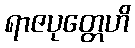
ရာဇပုတ္တေဟိ